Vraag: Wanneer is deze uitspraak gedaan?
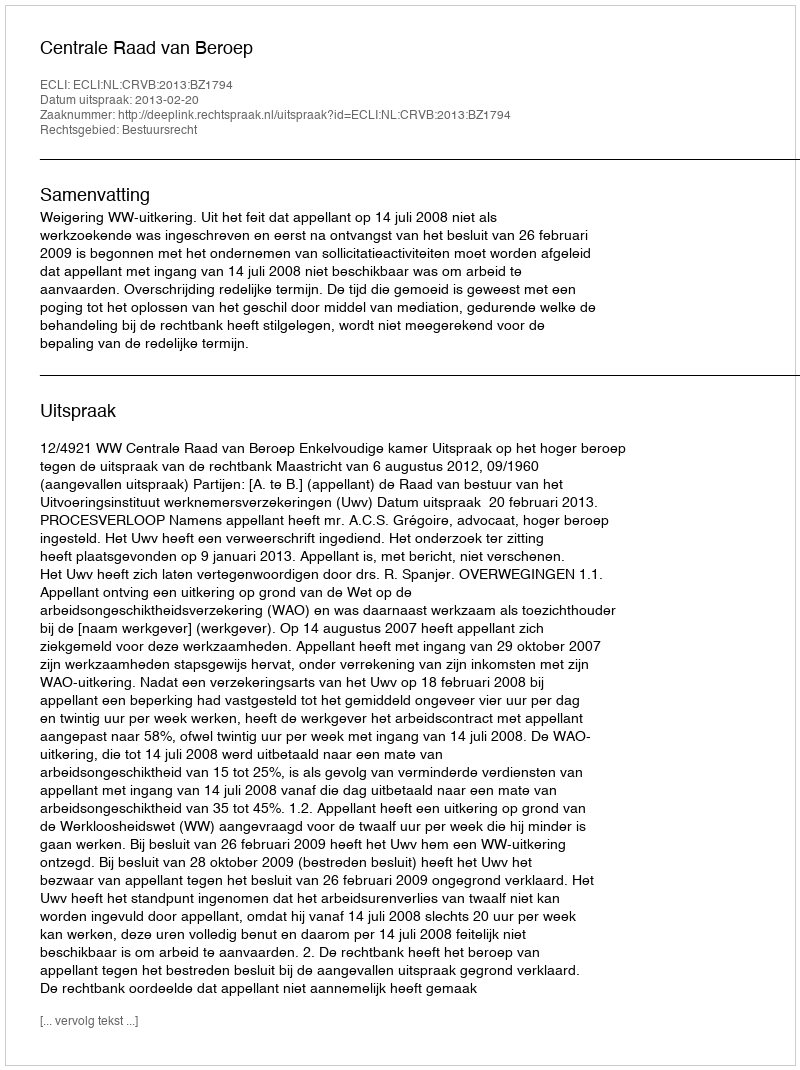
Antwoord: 2013-02-20